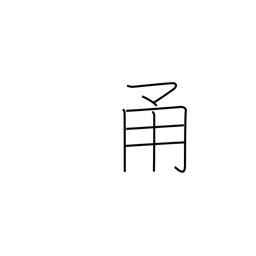
Meaning: road with walls on both sides